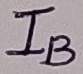
Text: IB